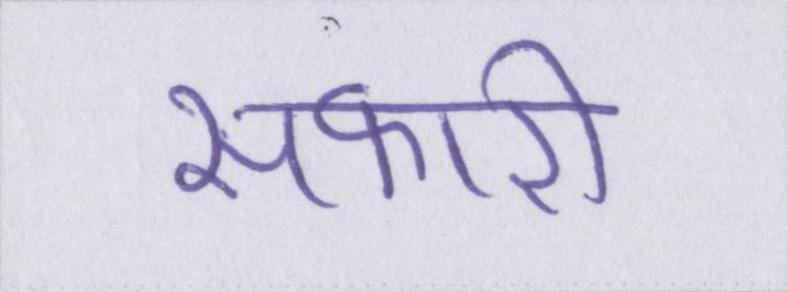
सफारी